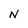
Character: N